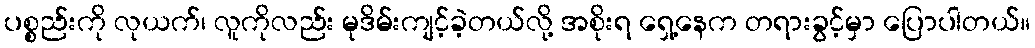
ပစ္စည်းကို လုယက်၊ လူကိုလည်း မုဒိမ်းကျင့်ခဲ့တယ်လို့ အစိုးရ ရှေ့နေက တရားခွင့်မှာ ပြောပါတယ်။